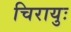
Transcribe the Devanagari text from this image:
चिरायुः